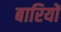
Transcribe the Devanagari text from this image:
बारियों